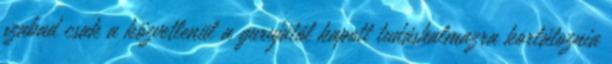
szabad csak a közvetlenül a gurujától kapott tudáshalmazra korlátoznia